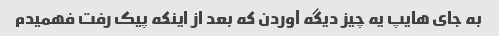
به جای هایپ یه چیز دیگه آوردن که بعد از اینکه پیک رفت فهمیدم